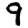
Digit: 9